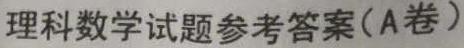
理科数学试题参考答案(A卷)